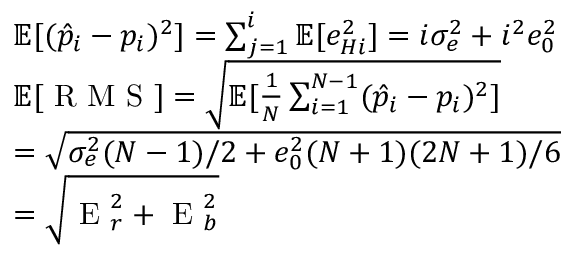
\begin{array} { r l } & { \mathbb { E } [ ( \hat { p } _ { i } - p _ { i } ) ^ { 2 } ] = \sum _ { j = 1 } ^ { i } \mathbb { E } [ e _ { H i } ^ { 2 } ] = i \sigma _ { e } ^ { 2 } + i ^ { 2 } e _ { 0 } ^ { 2 } } \\ & { \mathbb { E } [ \textrm { R M S } ] = \sqrt { \mathbb { E } [ \frac { 1 } { N } \sum _ { i = 1 } ^ { N - 1 } ( \hat { p } _ { i } - p _ { i } ) ^ { 2 } ] } } \\ & { = \sqrt { \sigma _ { e } ^ { 2 } ( N - 1 ) / 2 + e _ { 0 } ^ { 2 } ( N + 1 ) ( 2 N + 1 ) / 6 } } \\ & { = \sqrt { \textrm { E } _ { r } ^ { 2 } + \textrm { E } _ { b } ^ { 2 } } } \end{array}